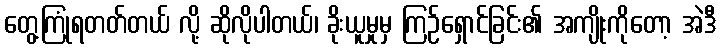
တွေ့ကြုံရတတ်တယ် လို့ ဆိုလိုပါတယ်၊ ခိုးယူမှုမှ ကြဉ်ရှောင်ခြင်း၏ အကျိုးကိုတော့ အဲဒီ